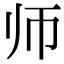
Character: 师